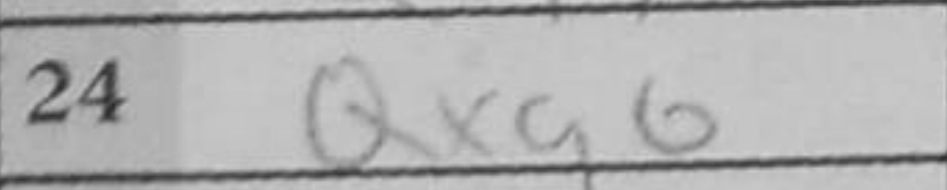
Transcription: Qxg6